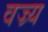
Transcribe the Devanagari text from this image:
वज्र्य